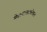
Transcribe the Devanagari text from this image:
मैदानाखालोखाल